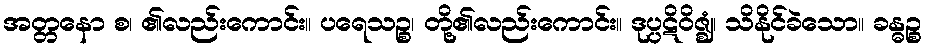
အတ္တနော စ၊ ၏လည်းကောင်း။ ပရေသဉ္စ၊ တို့၏လည်းကောင်း။ ဒုပ္ပဋိဝိဇ္ဈံ၊ သိနိုင်ခဲသော။ ခန္ဓဉ္စ